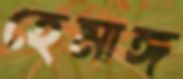
হেমাঙ্গ